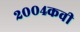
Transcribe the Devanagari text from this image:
२००४कवी